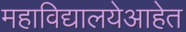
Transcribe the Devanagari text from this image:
महाविद्यालयेआहेत